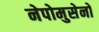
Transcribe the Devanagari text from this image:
नेपोमुसेनो